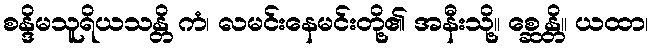
စန္ဒိမသူရိယသန္တိ ကံ၊ လမင်းနေမင်းတို့၏ အနီးသို့။ စ္ဆေန္တိ။ ယထာ၊